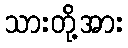
သားတို့အား